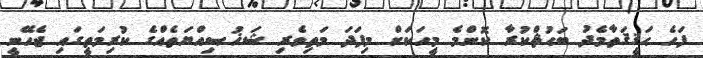
ފަހެ ޙަޤީޤަތާމެދު ބަޙުޘްކުރާ ކޮންމެ މީހަކަށް މިފަދަ މަތިވެރި ޝަޚުޞިއްޔަތެއްގެ ކުރިމަތީގައި ޖެހޭނީ